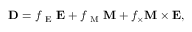
\mathbf { D } = f _ { \mathrm { ~ E ~ } } \mathbf { E } + f _ { \mathrm { ~ M ~ } } \mathbf { M } + f _ { \times } \mathbf { M } \times \mathbf { E } ,